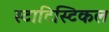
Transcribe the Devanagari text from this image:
स्टाटिस्टिकल